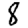
Digit: 8